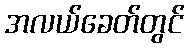
အလယ်ခေတ်တွင်